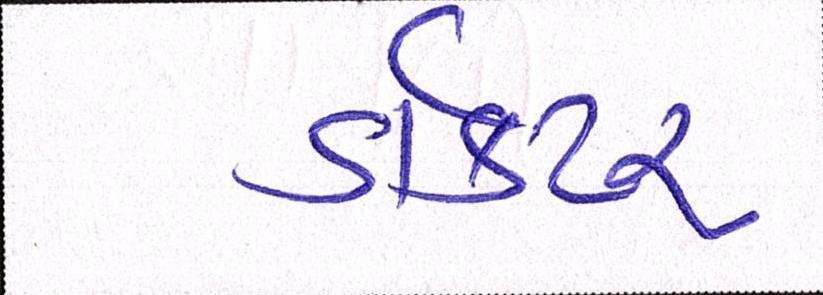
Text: ડૉક્ટર